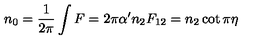
n _ { 0 } = { \frac { 1 } { 2 \pi } } \int F = 2 \pi \alpha ^ { \prime } n _ { 2 } F _ { 1 2 } = n _ { 2 } \cot \pi \eta